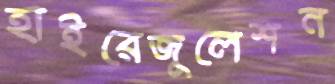
হাইরেজুলেশন